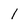
Character: 1